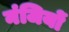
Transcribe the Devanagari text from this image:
नंजियों